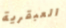
العبقرية